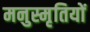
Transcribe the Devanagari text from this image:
मनुस्मृतियों